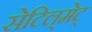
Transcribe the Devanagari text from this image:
सेटिल्‌मेट्